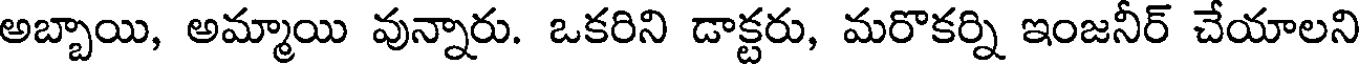
అబ్బాయి, అమ్మాయి వున్నారు. ఒకరిని డాక్టరు, మరొకర్ని ఇంజనీర్ చేయాలని